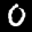
Label: 0